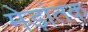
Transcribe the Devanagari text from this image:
मेड़ांतक